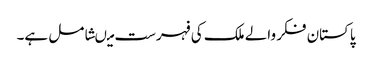
پاکستان فکر والے ملک کی فہرست میںشامل ہے۔